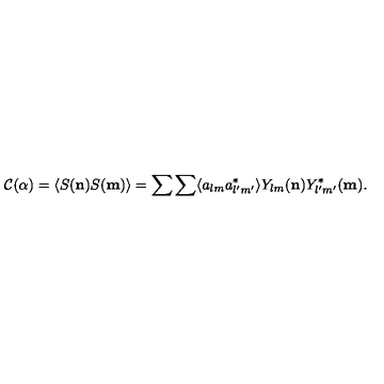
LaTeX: { \mathcal C } ( \alpha ) = \langle S ( { \bf n } ) S ( { \bf m } ) \rangle = \sum \sum \langle a _ { l m } a _ { l ^ { \prime } m ^ { \prime } } ^ { * } \rangle Y _ { l m } ( { \bf n } ) Y _ { l ^ { \prime } m ^ { \prime } } ^ { * } ( { \bf m } ) .